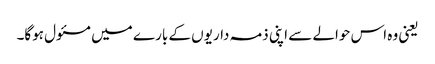
یعنی وہ اس حوالے سے اپنی ذمہ داریوں کے بارے میں مسئول ہوگا۔